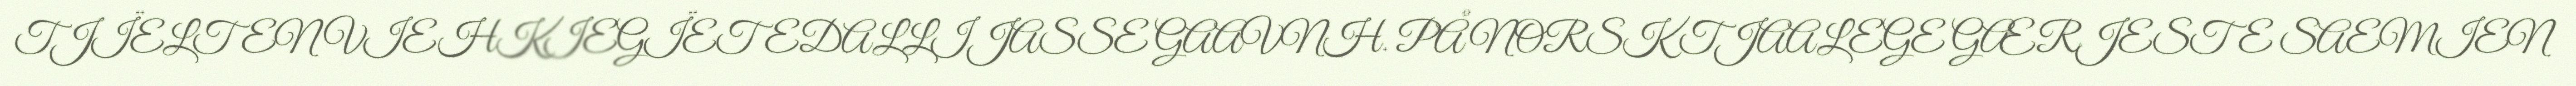
TJÏELTEN VIEHKIEGÏETEDALLIJASSE GAAVNH. PÅ NORSK TJAALEGE GÆRJESTE SAEMIEN